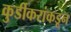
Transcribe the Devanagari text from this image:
कुर्डीकरांकडून